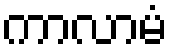
ကာလာမံ